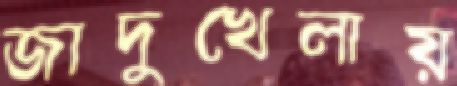
জাদুখেলায়